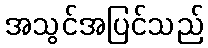
အသွင်အပြင်သည်